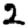
Digit: 2